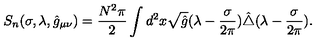
S _ { n } ( \sigma , \lambda , \hat { g } _ { \mu \nu } ) = { \frac { N ^ { 2 } \pi } { 2 } } \int d ^ { 2 } x \sqrt { \hat { g } } ( \lambda - { \frac { \sigma } { 2 \pi } } ) \hat { \triangle } ( \lambda - { \frac { \sigma } { 2 \pi } } ) .